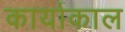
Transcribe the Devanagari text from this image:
कार्याकाल